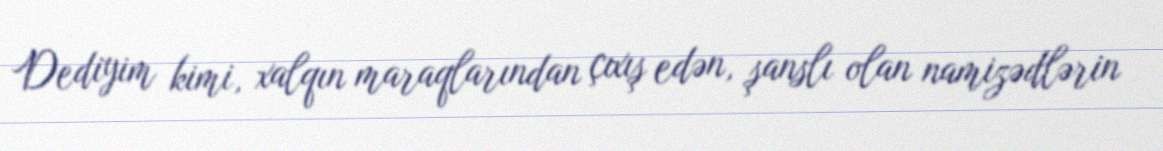
Dediyim kimi, xalqın maraqlarından çıxış edən, şanslı olan namizədlərin